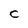
Character: c